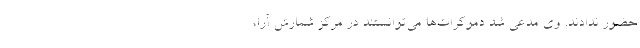
حضور ندادند. وی مدعی شد دموکرات‌ها می‌توانستند در مرکز شمارش آرا،